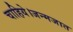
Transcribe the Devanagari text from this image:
चाहिये।जन्मजात